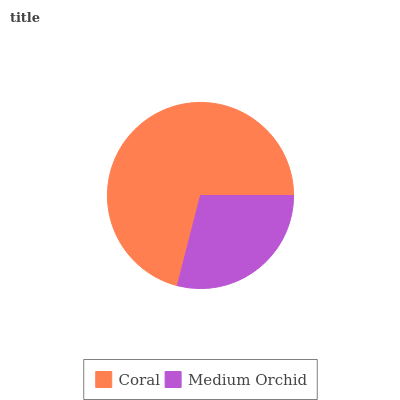
| Coral | Medium Orchid |
 | --- | --- |
 | 71% | 29% |